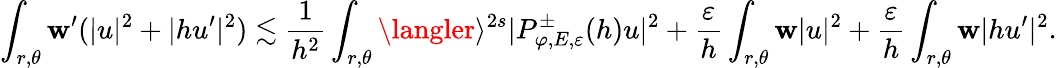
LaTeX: \int_{r,\theta}\mathbf{w}^{\prime}(|u|^{2}+|hu^{\prime}|^{2})\lesssim\frac{{1}}{{h^{2}}}\int_{r,\theta}\langler\rangle^{2s}|P_{\varphi,E,\varepsilon}^{\pm}(h)u|^{2}+\frac{{\varepsilon}}{{h}}\int_{r,\theta}\mathbf{w}|u|^{2}+\frac{{\varepsilon}}{{h}}\int_{r,\theta}\mathbf{w}|hu^{\prime}|^{2}.